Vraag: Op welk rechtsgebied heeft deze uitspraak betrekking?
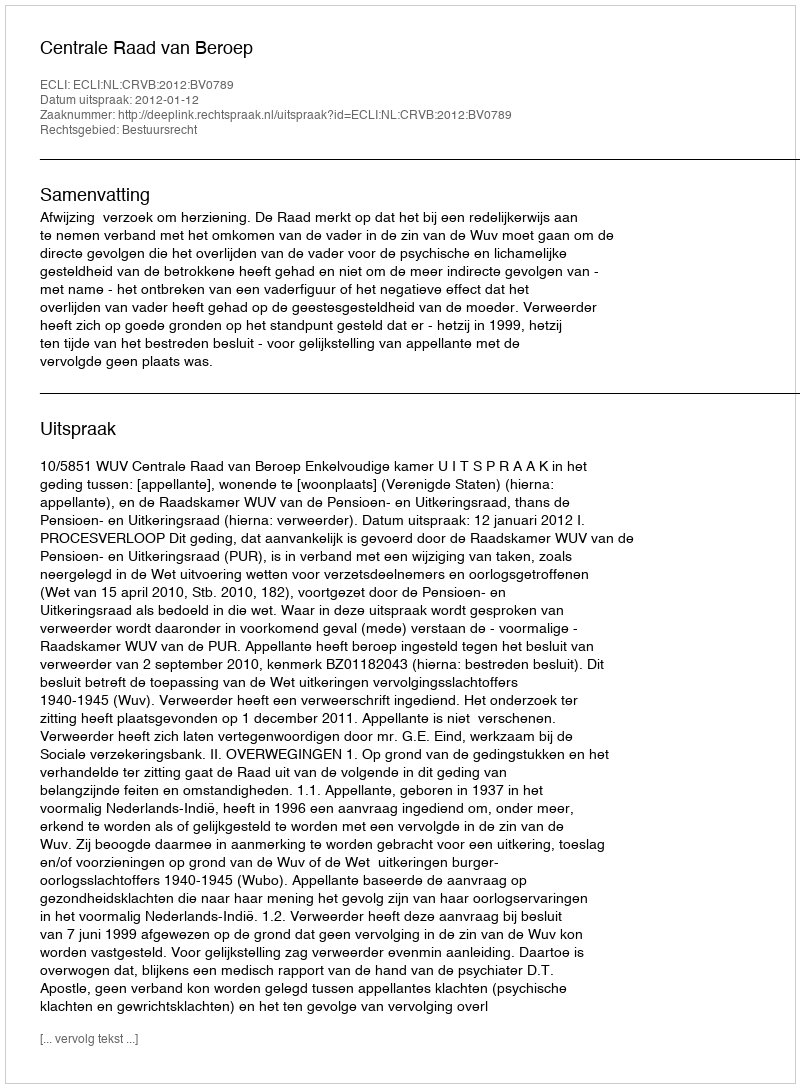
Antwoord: Bestuursrecht